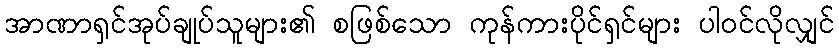
အာဏာရှင်အုပ်ချုပ်သူများ၏ စဖြစ်သော ကုန်ကားပိုင်ရှင်များ ပါဝင်လိုလျှင်